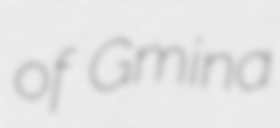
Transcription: of Gmina